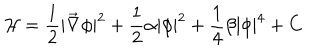
LaTeX: { \mathcal H } = \frac { 1 } { 2 } | \vec { \nabla } \phi | ^ { 2 } + \frac { 1 } { 2 } \alpha | \phi | ^ { 2 } + \frac { 1 } { 4 } \beta | \phi | ^ { 4 } + C